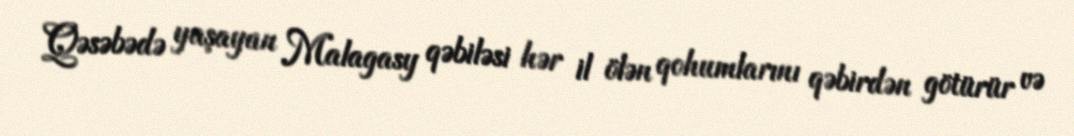
Qəsəbədə yaşayan Malagasy qəbiləsi hər il ölən qohumlarını qəbirdən götürür və